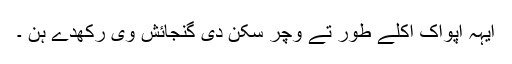
ایہہ اپواک اکلے طور تے وچر سکن دی گنجائش وی رکھدے ہن ۔